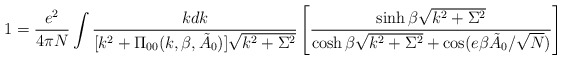
\begin{align*}1 = \frac{e^2}{4 \pi N} \int \frac{kdk}{[k^2 + \Pi_{00}(k, \beta,\tilde{A}_0)] \sqrt{k^2 + \Sigma^2}} \left[ \frac{\sinh \beta\sqrt{k^2 + \Sigma^2}}{\cosh \beta \sqrt{k^2 + \Sigma^2} + \cos (e\beta \tilde{A}_0 / \sqrt{N})} \right ]\end{align*}